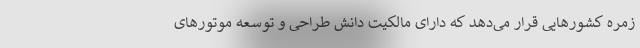
زمره کشورهایی قرار می‌دهد که دارای مالکیت دانش طراحی و توسعه موتور‌های